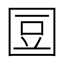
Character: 𡇧